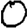
Digit: 0